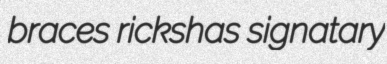
braces rickshas signatary